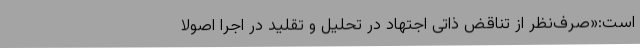
است:«صرف‌نظر از تناقض ذاتی اجتهاد در تحلیل و تقلید در اجرا اصولاً